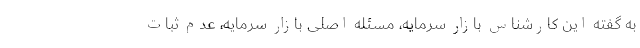
به گفته این کارشناس بازار سرمایه، مسئله اصلی بازار سرمایه، عدم ثبات